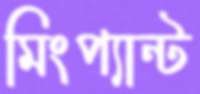
মিংপ্যান্ট